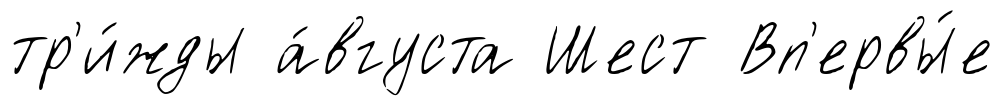
тр'и́жды а́вгуста Шест Вп'ервы́е